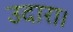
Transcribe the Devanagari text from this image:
उदारा।